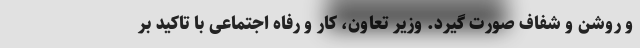
و روشن و شفاف صورت گیرد. وزیر تعاون، کار و رفاه اجتماعی با تاکید بر